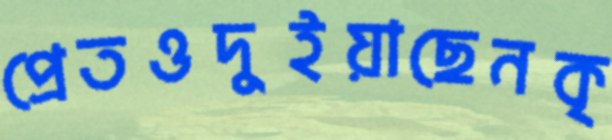
প্রেতওদুইয়াছেনকৃ